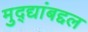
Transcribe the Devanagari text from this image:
मुद्द्यांबद्दल